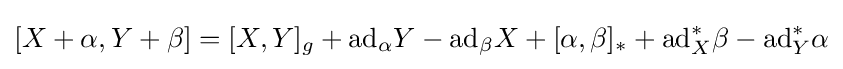
[X+\alpha ,Y+\beta ]=[X,Y]_{g}+\mathrm {ad} _{\alpha }Y-\mathrm {ad} _{\beta }X+[\alpha ,\beta ]_{*}+\mathrm {ad} _{X}^{*}\beta -\mathrm {ad} _{Y}^{*}\alpha